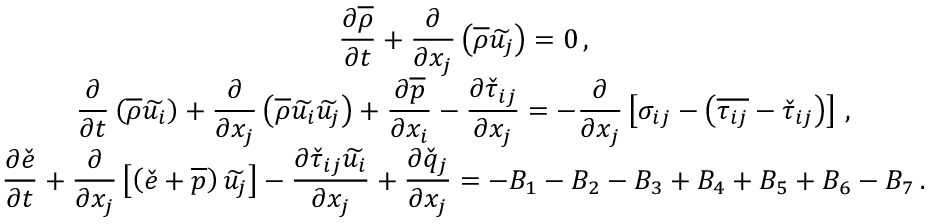
\begin{array} { c } { \displaystyle \frac { \partial \overline { { \rho } } } { \partial t } + \frac { \partial } { \partial x _ { j } } \left( \overline { { \rho } } \widetilde { u _ { j } } \right) = 0 \, \mathrm { , } } \\ { \displaystyle \frac { \partial } { \partial t } \left( \overline { { \rho } } \widetilde { u _ { i } } \right) + \frac { \partial } { \partial x _ { j } } \left( \overline { { \rho } } \widetilde { u _ { i } } \widetilde { u _ { j } } \right) + \frac { \partial \overline { { p } } } { \partial x _ { i } } - \frac { \partial \check { \tau } _ { i j } } { \partial x _ { j } } = - \frac { \partial } { \partial x _ { j } } \left[ \sigma _ { i j } - \left( \overline { { \tau _ { i j } } } - \check { \tau } _ { i j } \right) \right] \, \mathrm { , } } \\ { \displaystyle \frac { \partial \check { e } } { \partial t } + \frac { \partial } { \partial x _ { j } } \left[ \left( \check { e } + \overline { { p } } \right) \widetilde { u _ { j } } \right] - \frac { \partial \check { \tau } _ { i j } \widetilde { u _ { i } } } { \partial x _ { j } } + \frac { \partial \check { q } _ { j } } { \partial x _ { j } } = - B _ { 1 } - B _ { 2 } - B _ { 3 } + B _ { 4 } + B _ { 5 } + B _ { 6 } - B _ { 7 } \, \mathrm { . } } \end{array}